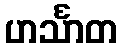
ဟင်္သာတ